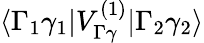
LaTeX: \langle\Gamma_{1}\gamma_{1}|V_{\Gamma\gamma}^{(1)}|\Gamma_{2}\gamma_{2}\rangle